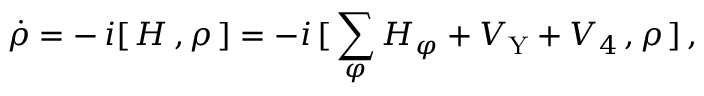
\dot { \rho } = - \, i [ \, H \, , \rho \, ] = - i \, [ \, \sum _ { \varphi } H _ { \varphi } + V _ { \mathrm { Y } } + V _ { 4 } \, , \rho \, ] \, ,